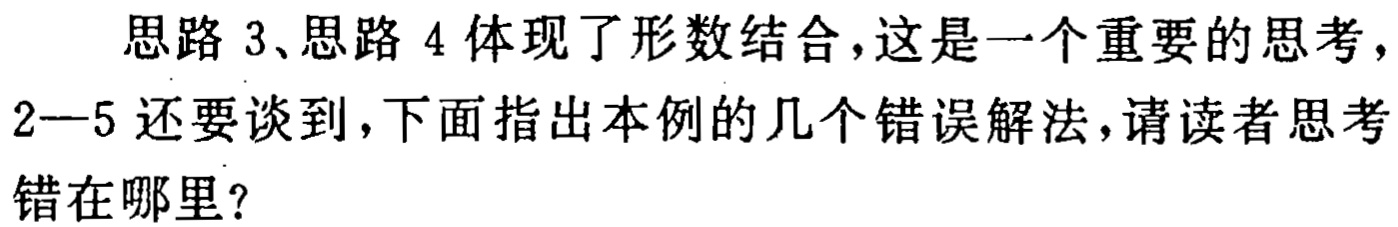
思路 3、思路 4 体现了形数结合，这是一个重要的思考，
2—5 还要谈到，下面指出本例的几个错误解法，请读者思考
错在哪里？